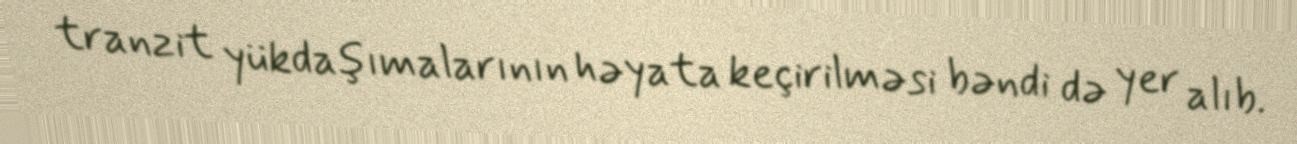
tranzit yükdaşımalarının həyata keçirilməsi bəndi də yer alıb.